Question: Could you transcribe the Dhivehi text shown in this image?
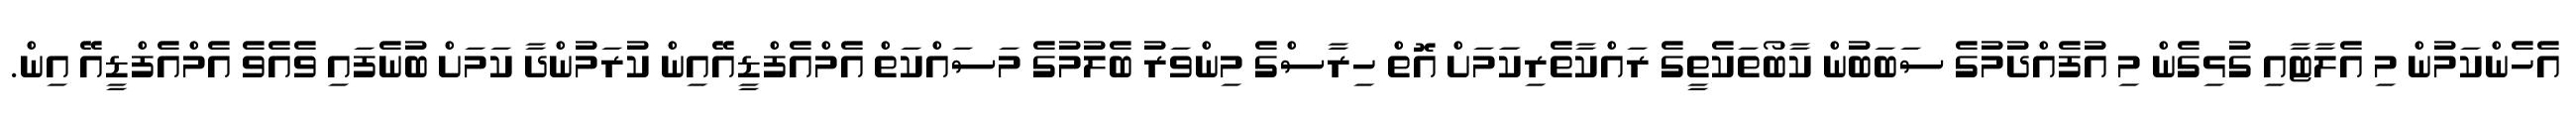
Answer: އެހެންކަމުން މި އެލާޓާއި ގުޅިގެން މި އުފެއްދުމުގެ ސަބަބުން ކާބޯތަކެތީގެ ރައްކާތެރިކަަމަށް އޮތް ހިރާސްގެ މިންވަރު ބެލުމުގެ މަސައްކަތް އެމްއެފްޑީއޭއިން ކުރަމުންދާ ކަމަށް ބުނެފައި ވެއެވެ އެމްއެފްޑީއޭ އިން.